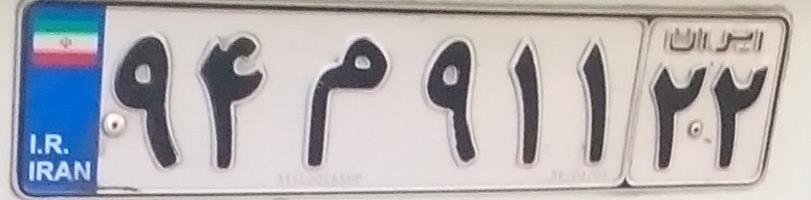
۹۴م۹۱۱۲۲